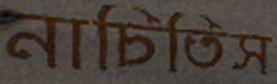
নাচিতিস